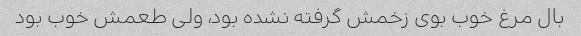
بال مرغ خوب بوی زخمش گرفته نشده بود، ولی طعمش خوب بود